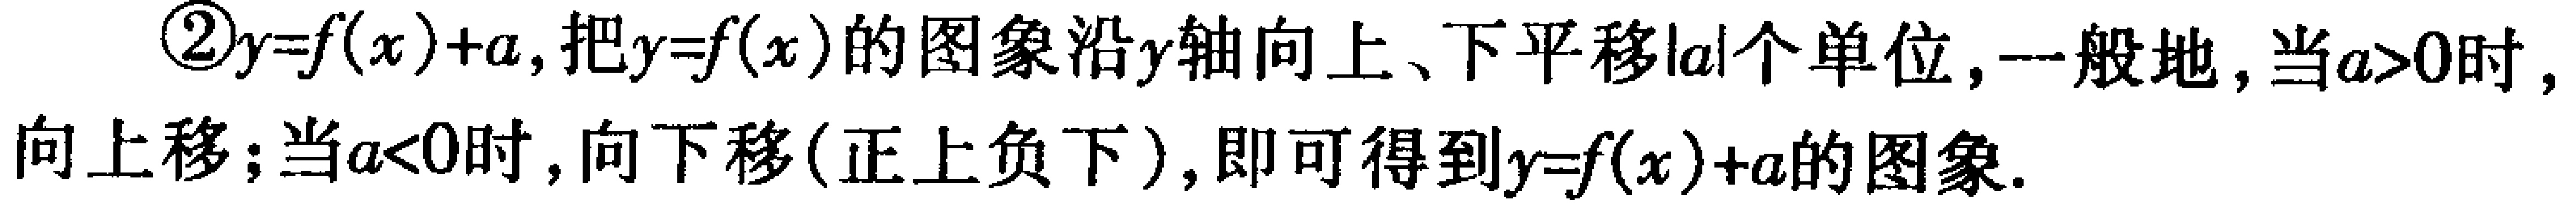
\textcircled{2}$y = f(x)+a$,把$y = f(x)$的图象沿$y$轴向上、下平移$|a|$个单位,一般地,当$a>0$时,向上移;当$a<0$时,向下移(正上负下),即可得到$y = f(x)+a$的图象.